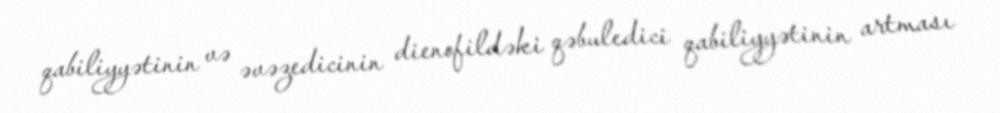
qabiliyyətinin və əvəzedicinin dienofildəki qəbuledici qabiliyyətinin artması